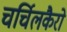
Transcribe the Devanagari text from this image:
चर्चिलकैरो